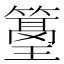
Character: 𥲓